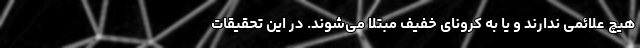
هیچ علائمی ندارند و یا به کرونای خفیف مبتلا می‌شوند. در این تحقیقات